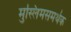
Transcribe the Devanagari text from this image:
मुस्लिमसमर्थक